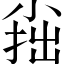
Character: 𡮍